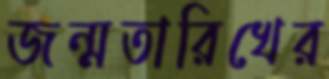
জন্মতারিখের